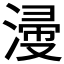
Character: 𣹰